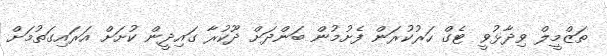
ތަޒްމީލް ވިދާޅުވީ ޓެގް ހަރުކުރަން ފެށުމުން ބަންދަށް ދޫކުރާ ގައިދީން ކުށަށް އަރައިގަތުމަށް